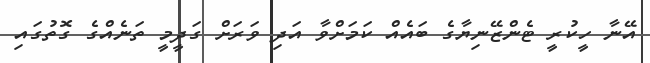
އޭނާ ހީކުރީ ޓެންޒޭނިޔާގެ ބައެއް ކަމަށްވާ އަދި ވަރަށް ގަދީމީ ތަނެއްގެ ގޮތުގައި